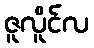
ဇူလိူင်လ